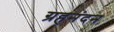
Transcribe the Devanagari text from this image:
ग्रहनंदन